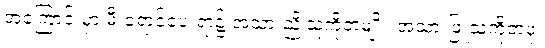
အကြောင်းမှာ မီးရောင်ပေးရာ၌ အသားညိုသူကိုတမျိုး၊ အသားဖြူသူကိုတဖုံ၊